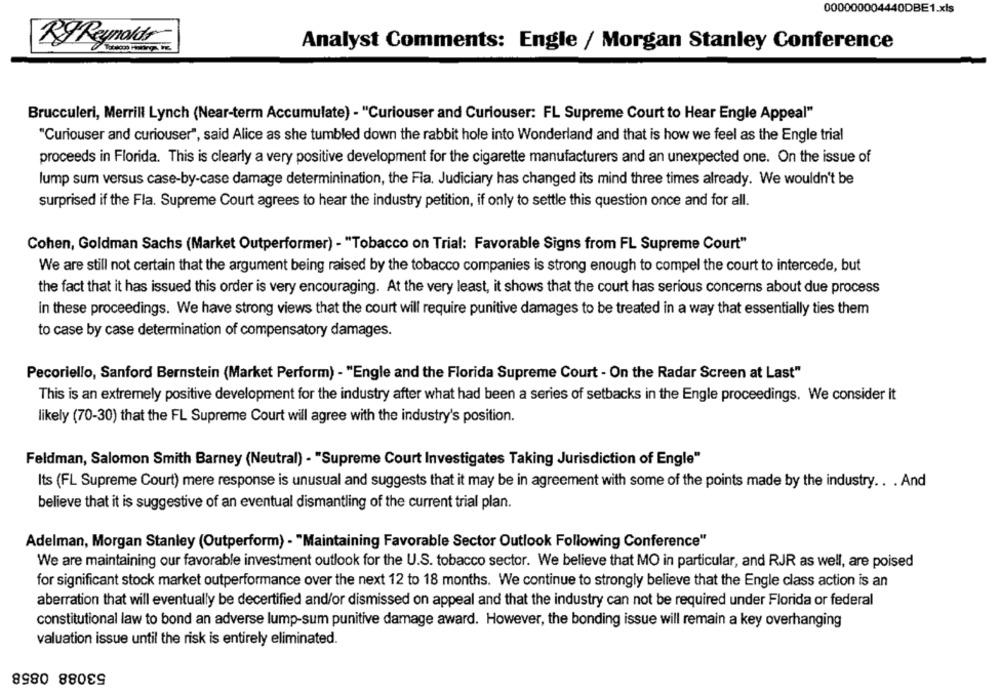
000000004440DBE1.xls
Ky Reynolds
Analyst Comments: Engle / Morgan Stanley Conference
Brucculeri, Merrill Lynch (Near-term Accumulate) - "Curiouser and Curiouser: FL Supreme Court to Hear Engle Appeal"
"Curiouser and curiouser", said Alice as she tumbled down the rabbit hole into Wonderland and that is how we feel as the Engle trial
proceeds in Florida. This is clearly a very positive development for the cigarette manufacturers and an unexpected one. On the issue of
lump sum versus case-by-case damage determinination, the Fla. Judiciary has changed its mind three times already. We wouldn't be
surprised if the Fla. Supreme Court agrees to hear the industry petition, if only to settle this question once and for all.
Cohen, Goldman Sachs (Market Outperformer) - "Tobacco on Trial: Favorable Signs from FL Supreme Court"
We are still not certain that the argument being raised by the tobacco companies is strong enough to compel the court to intercede, but
the fact that it has issued this order is very encouraging. At the very least, it shows that the court has serious concerns about due process
in these proceedings. We have strong views that the court will require punitive damages to be treated in a way that essentially ties them
to case by case determination of compensatory damages.
Pecoriello, Sanford Bernstein (Market Perform) - "Engle and the Florida Supreme Court - On the Radar Screen at Last"
This is an extremely positive development for the industry after what had been a series of setbacks in the Engle proceedings. We consider it
likely (70-30) that the FL Supreme Court will agree with the industry's position.
Feldman, Salomon Smith Barney (Neutral) - "Supreme Court Investigates Taking Jurisdiction of Engle"
Its (FL Supreme Court) mere response is unusual and suggests that it may be in agreement with some of the points made by the industry .. . And
believe that it is suggestive of an eventual dismantling of the current trial plan.
Adelman, Morgan Stanley (Outperform) - "Maintaining Favorable Sector Outlook Following Conference"
We are maintaining our favorable investment outlook for the U.S. tobacco sector. We believe that MO in particular, and RJR as well, are poised
for significant stock market outperformance over the next 12 to 18 months. We continue to strongly believe that the Engle class action is an
aberration that will eventually be decertified and/or dismissed on appeal and that the industry can not be required under Florida or federal
constitutional law to bond an adverse lump-sum punitive damage award. However, the bonding issue will remain a key overhanging
valuation issue until the risk is entirely eliminated.
53088 0858